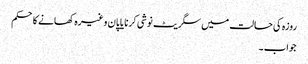
روزہ کی حالت میں سگریٹ نوشی کرنا یا پان وغیرہ کھانے کاحکم
جواب۔